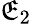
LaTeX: \mathfrak{E}_{2}